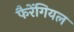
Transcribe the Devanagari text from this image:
फैरेंगियल